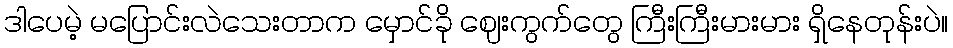
ဒါပေမဲ့ မပြောင်းလဲသေးတာက မှောင်ခို ဈေးကွက်တွေ ကြီးကြီးမားမား ရှိနေတုန်းပဲ။